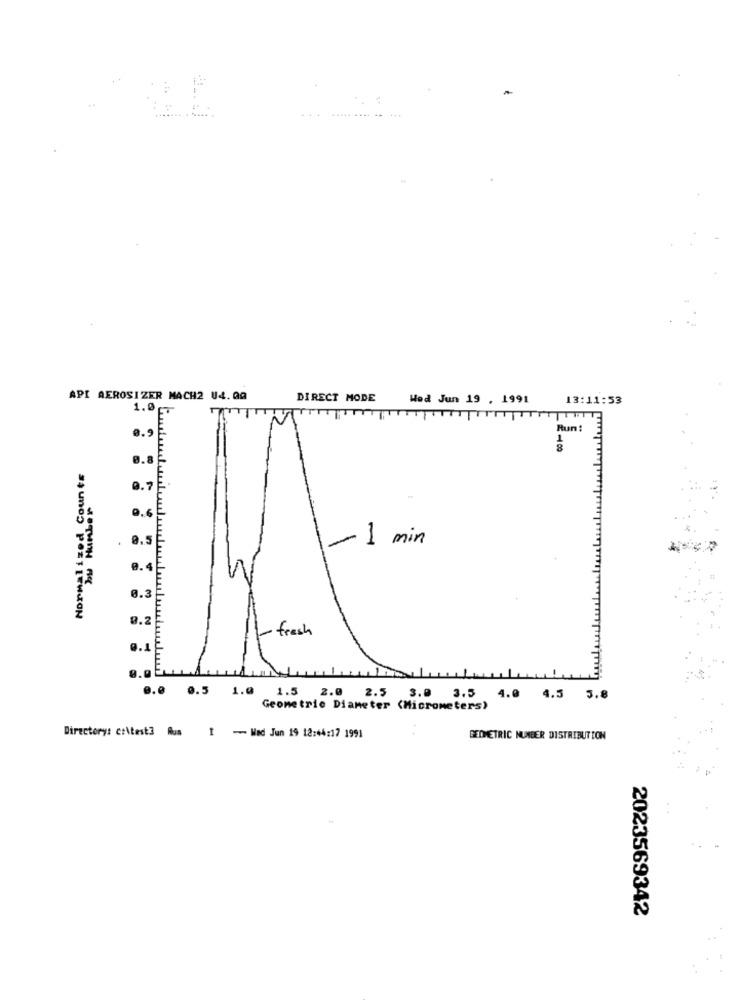
API AEROSIZER MACH2 U4.00
DIRECT MODE
Wed Jun 19 . 1991
13:11:53
1.0T
Run:
0.9
8
0.8
Normalized Counts
0.7
9.6
8.5
- 1 min
3.3
9.
- fresh
1.1
e.e
0.5 1.0 1.5 2.0 2.5 3.0 3.5
4.0 4.3 3.8
Geometric Diameter (Micrometers)
Directory: c:\test3 Aus 1 - Mad Jun 19 12:44:17 1991
GEOMETRIC NUMBER DISTRIBUTION
2023569342